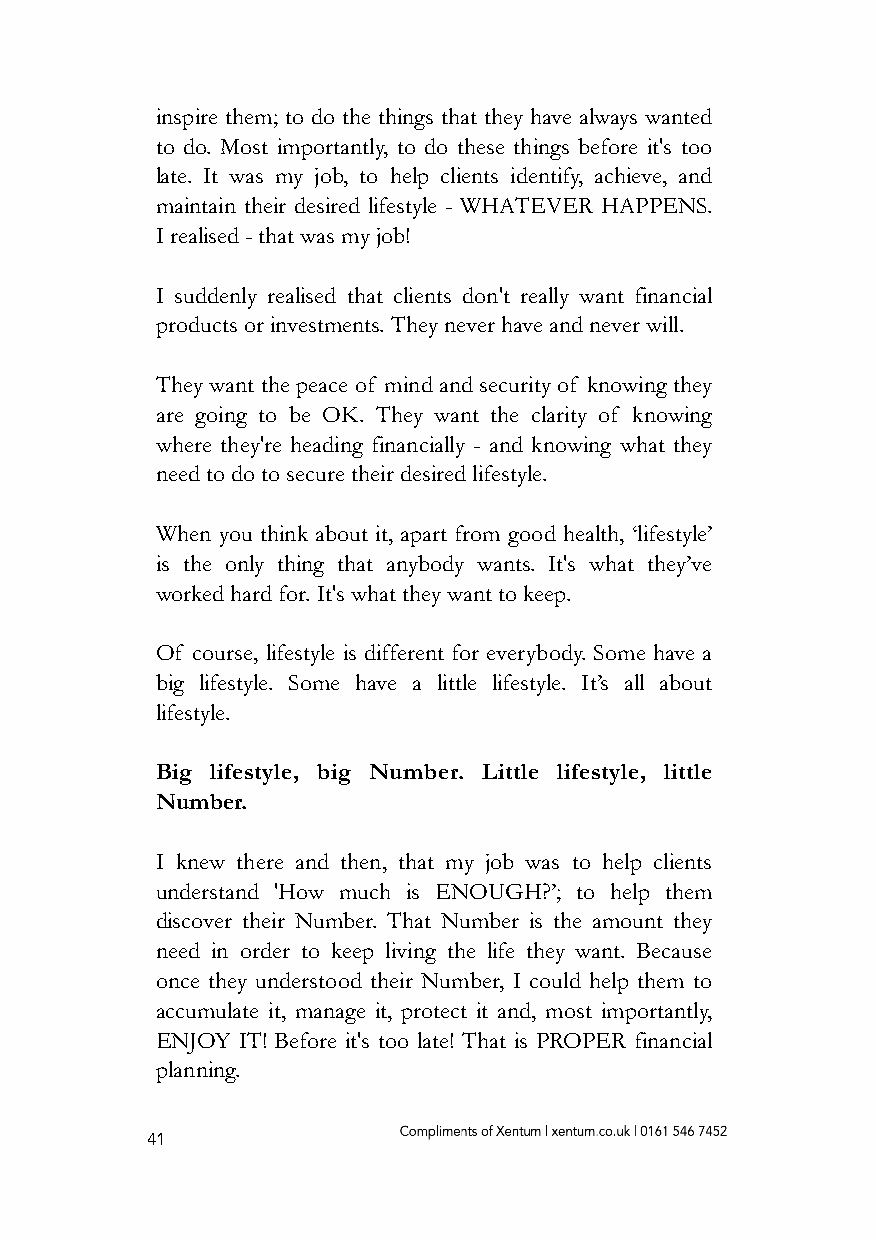
inspire them; to do the things that they have always wanted
 to do. Most importantly, to do these things before it's too
 late. It was my job, to help clients identify, achieve, and
 maintain their desired lifestyle - WHATEVER HAPPENS.
 I realised - that was my job!
 I suddenly realised that clients don't really want financial
 products or investments. They never have and never will.
 They want the peace of mind and security of knowing they
 are going to be OK. They want the clarity of knowing
 where they're heading financially - and knowing what they
 need to do to secure their desired lifestyle.
 When you think about it, apart from good health, ‘lifestyle’
 is the only thing that anybody wants. It's what they’ve
 worked hard for. It's what they want to keep.
 Of course, lifestyle is different for everybody. Some have a
 big lifestyle. Some have a little lifestyle. It’s all about
 lifestyle.
 Big lifestyle, big Number. Little lifestyle, little
 Number.
 I knew there and then, that my job was to help clients
 understand 'How much is ENOUGH?’; to help them
 discover their Number. That Number is the amount they
 need in order to keep living the life they want. Because
 once they understood their Number, I could help them to
 accumulate it, manage it, protect it and, most importantly,
 ENJOY IT! Before it's too late! That is PROPER financial
 planning.
 41